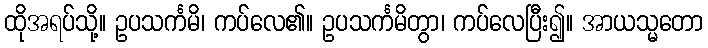
ထိုအရပ်သို့။ ဥပသင်္ကမိ၊ ကပ်လေ၏။ ဥပသင်္ကမိတွာ၊ ကပ်လေပြီး၍။ အာယသ္မတော